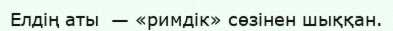
Елдің аты  — «римдiк» сөзінен шыққан.